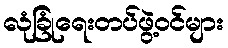
လုံခြုံရေးတပ်ဖွဲ့ဝင်များ